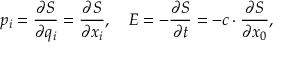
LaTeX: p _ { i } = { \frac { \partial S } { \partial q _ { i } } } = { \frac { \partial S } { \partial x _ { i } } } , \quad E = - { \frac { \partial S } { \partial t } } = - c \cdot { \frac { \partial S } { \partial x _ { 0 } } } ,